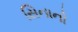
સિનાનો